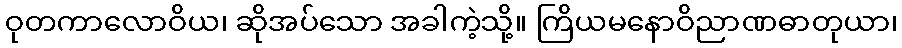
ဝုတကာလောဝိယ၊ ဆိုအပ်သော အခါကဲ့သို့။ ကြိယမနောဝိညာဏဓာတုယာ၊